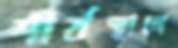
শীর্ষস্থানে